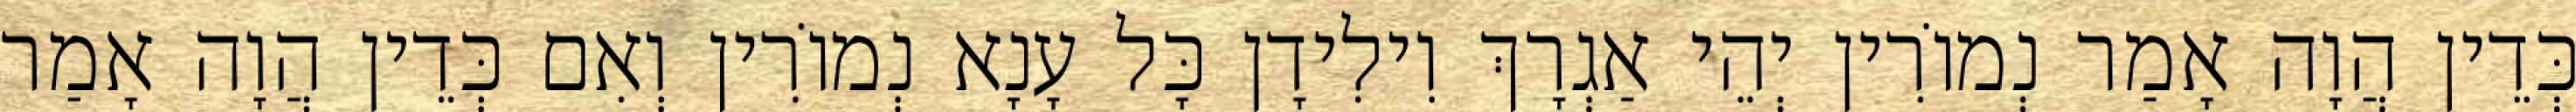
כְּדֵין הֲוָה אָמַר נְמוֹרִין יְהֵי אַגְרָךְ וִילִידָן כָּל עָנָא נְמוֹרִין וְאִם כְּדֵין הֲוָה אָמַר